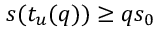
s ( t _ { u } ( q ) ) \geq q s _ { 0 }